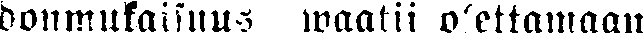
donmukaisuus waatii olettamaan